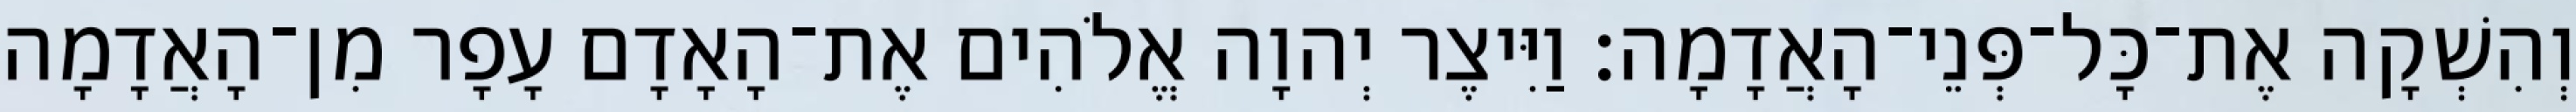
וְהִשְׁקָה אֶת־כָּל־פְּנֵי־הָאֲדָמָה׃ וַיִּיצֶר יְהוָה אֱלֹהִים אֶת־הָאָדָם עָפָר מִן־הָאֲדָמָה